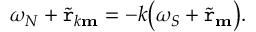
\omega _ { N } + \widetilde { \mathtt { r } } _ { k \mathbf { m } } = - k \big ( \omega _ { S } + \widetilde { \mathtt { r } } _ { \mathbf { m } } \big ) .